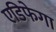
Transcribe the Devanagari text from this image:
एडिफेगा